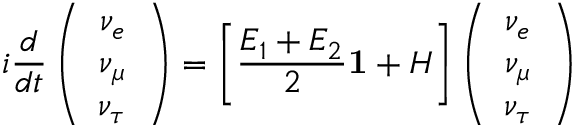
i \frac { d } { d t } \left( \begin{array} { c } { { \nu _ { e } } } \\ { { \nu _ { \mu } } } \\ { { \nu _ { \tau } } } \end{array} \right) = \left[ \frac { E _ { 1 } + E _ { 2 } } { 2 } { \bf 1 } + H \right] \left( \begin{array} { c } { { \nu _ { e } } } \\ { { \nu _ { \mu } } } \\ { { \nu _ { \tau } } } \end{array} \right)